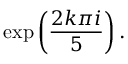
\exp \left( { \frac { 2 k \pi i } { 5 } } \right) .